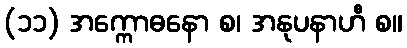
(၁၁) အက္ကောဓနော စ၊ အနုပနာဟီ စ။